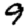
Digit: 9